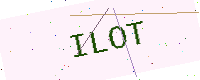
Text: ILOT